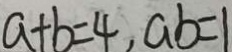
a + b = 4 , a b = 1